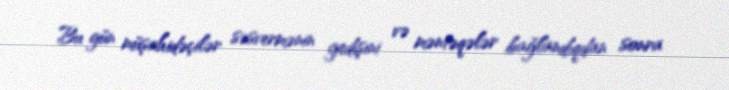
Bu gün müşahidəçilər səsvermənin gedişini və məntəqələr bağlandıqdan sonra